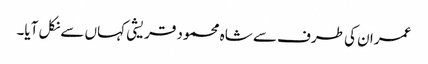
عمران کی طرف سے شاہ محمود قریشی کہاں سے نکل آیا۔